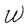
Character: W